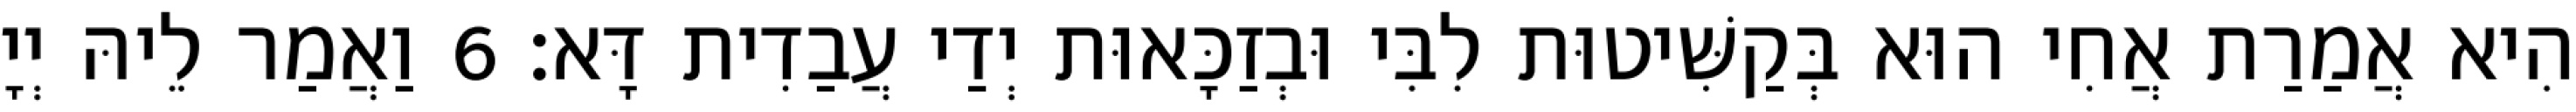
הִיא אֲמַרַת אֲחִי הוּא בְּקַשִּׁיטוּת לִבִּי וּבְזַכָּאוּת יְדַי עֲבַדִית דָּא׃ 6 וַאֲמַר לֵיהּ יְיָ